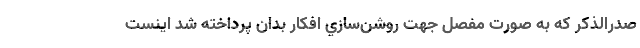
صدرالذكر كه به صورت مفصل جهت روشن‌سازي افكار بدان پرداخته شد اينست